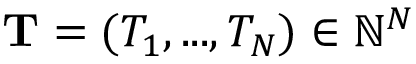
\mathbf { T } = ( T _ { 1 } , . . . , T _ { N } ) \in \mathbb { N } ^ { N }